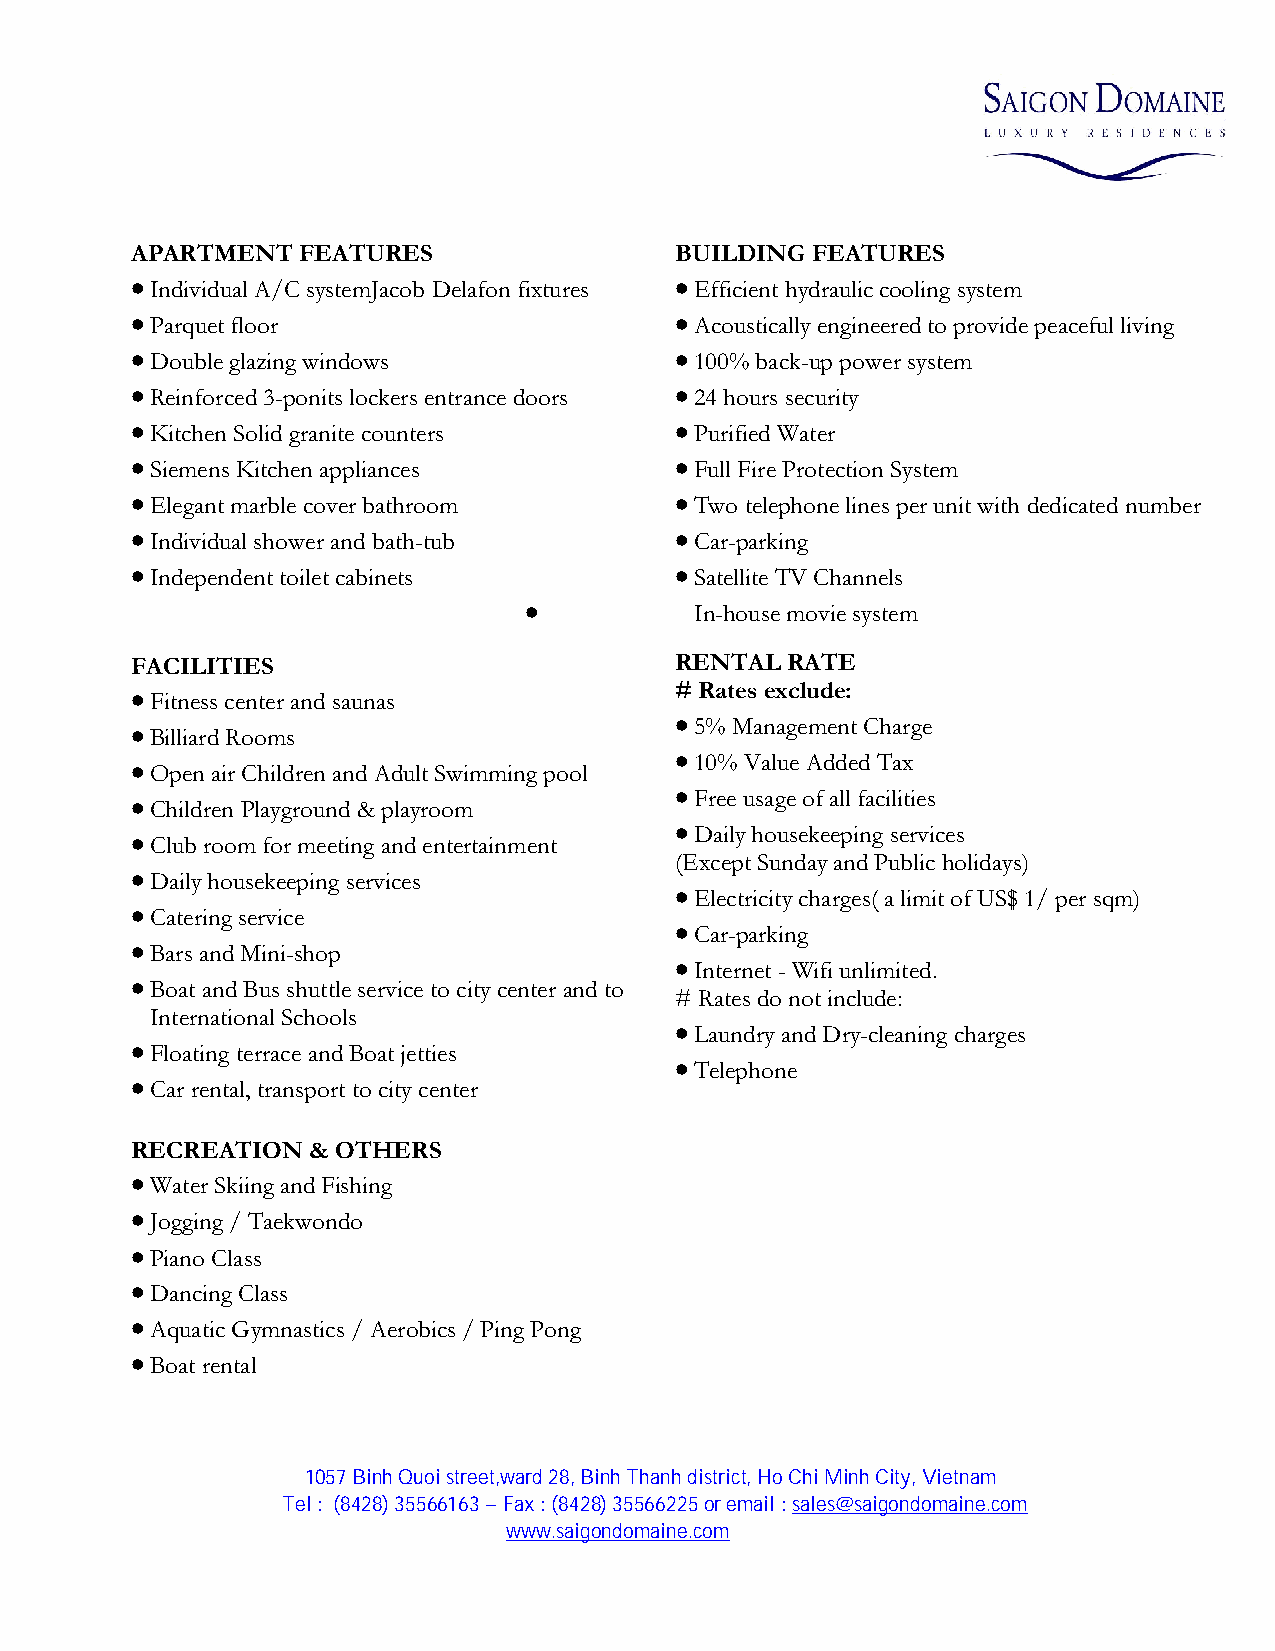
APARTMENT  FEATURES                 BUILDING FEATURES
                                    
 Individual A/C systemJacob Delafon fixtures Efficient hydraulic cooling system
                                    
 Parquet floor                       Acoustically engineered to provide peaceful living
                                    
 Double glazing windows              100% back-up power system
                                    
 Reinforced 3-ponits lockers entrance doors 24 hours security
                                    
 Kitchen Solid granite counters      Purified Water
                                    
 Siemens Kitchen appliances          Full Fire Protection System
                                    
 Elegant marble cover bathroom       Two telephone lines per unit with dedicated number
                                    
 Individual shower and bath-tub      Car-parking
                                    
 Independent toilet cabinets         Satellite TV Channels
 
 In-house movie system
 FACILITIES                          RENTAL RATE
                                    # Rates exclude:
 Fitness center and saunas
 
                                     5% Management Charge
 Billiard Rooms
 
                                     10% Value Added Tax
 Open air Children and Adult Swimming pool
 
                                     Free usage of all facilities
 Children Playground & playroom
 
                                     Daily housekeeping services
 Club room for meeting and entertainment
 (Except Sunday and Public holidays)
 
 Daily housekeeping services        
 Electricity charges( a limit of US$ 1/ per sqm)
 
 Catering service                   
 Car-parking
 
 Bars and Mini-shop                 
 Internet -Wifi unlimited.
 
 Boat and Bus shuttle service to city center and to
 # Rates do not include:
 International Schools              
 Laundry and Dry-cleaning charges
 
 Floating terrace and Boat jetties  
 Telephone
 
 Car rental, transport to city center
 RECREATION & OTHERS
 
 Water Skiing and Fishing
 
 Jogging / Taekwondo
 
 Piano Class
 
 Dancing Class
 
 Aquatic Gymnastics / Aerobics / Ping Pong
 
 Boat rental
 1057 Binh Quoi street,ward 28, Binh Thanh district, HoChiMinhCity,Vietnam
 Tel: (8428) 35566163–Fax : (8428) 35566225or email :sales@saigondomaine.com
 www.saigondomaine.com